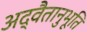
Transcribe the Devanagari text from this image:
अद्वैतानुभूति